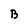
Character: B